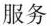
服务